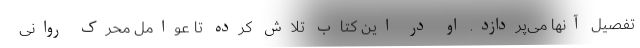
تفصیل آنها می‌پردازد. او در این کتاب تلاش کرده تا عوامل محرک روانی